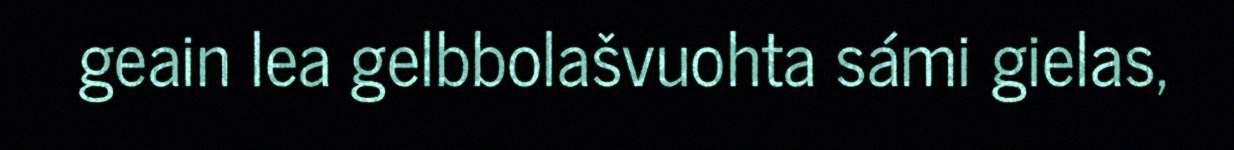
geain lea gelbbolašvuohta sámi gielas,